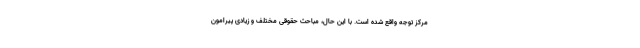
مرکز توجه واقع شده است. با این حال، مباحث حقوقی مختلف و زیادی پیرامون